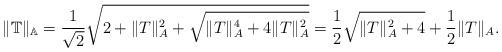
LaTeX: \begin{align*}\|\mathbb{T}\|_\mathbb{A}=\frac{1}{\sqrt{2}}\sqrt{2+\|T\|_A^2+\sqrt{\|T\|_A^4+4\|T\|_A^2} }=\frac{1}{2}\sqrt{\|T\|_A^2+4}+\frac{1}{2}\|T\|_A.\end{align*}